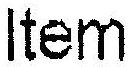
ITEM